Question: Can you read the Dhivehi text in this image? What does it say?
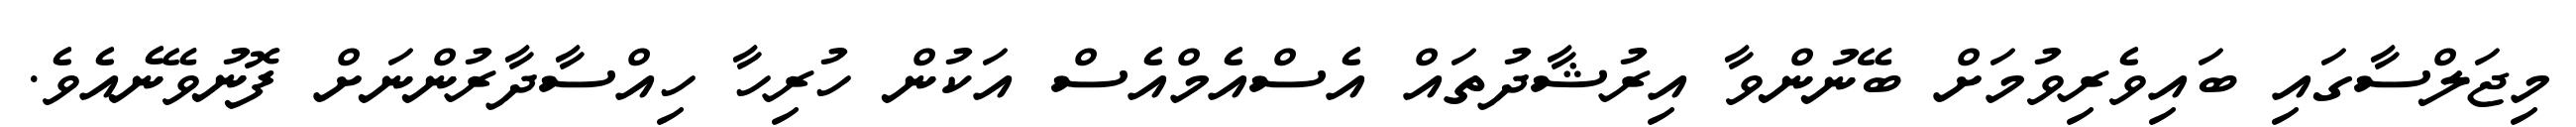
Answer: މިޖަލްސާގައި ބައިވެރިވުމަށް ބޭނުންވާ އިރުޝާދުތައް އެސްއެމްއެސް އަކުން ހުރިހާ ހިއްސާދާރުންނަށް ފޮނުވޭނެއެވެ.